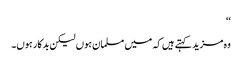
‘‘
وہ مزید کہتے ہیں کہ میں مسلمان ہوں لیکن بدکار ہوں۔